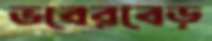
ভবেরবেড়